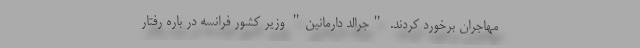
مهاجران برخورد کردند. "جرالد دارمانین" وزیر کشور فرانسه در باره رفتار